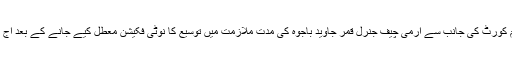
گزشتہ روز سپریم کورٹ کی جانب سے آرمی چیف جنرل قمر جاوید باجوہ کی مدت ملازمت میں توسیع کا نوٹی فکیشن معطل کیے جانے کے بعد آج پھر سماعت ہوئی۔